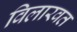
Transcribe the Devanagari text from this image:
विलारवत